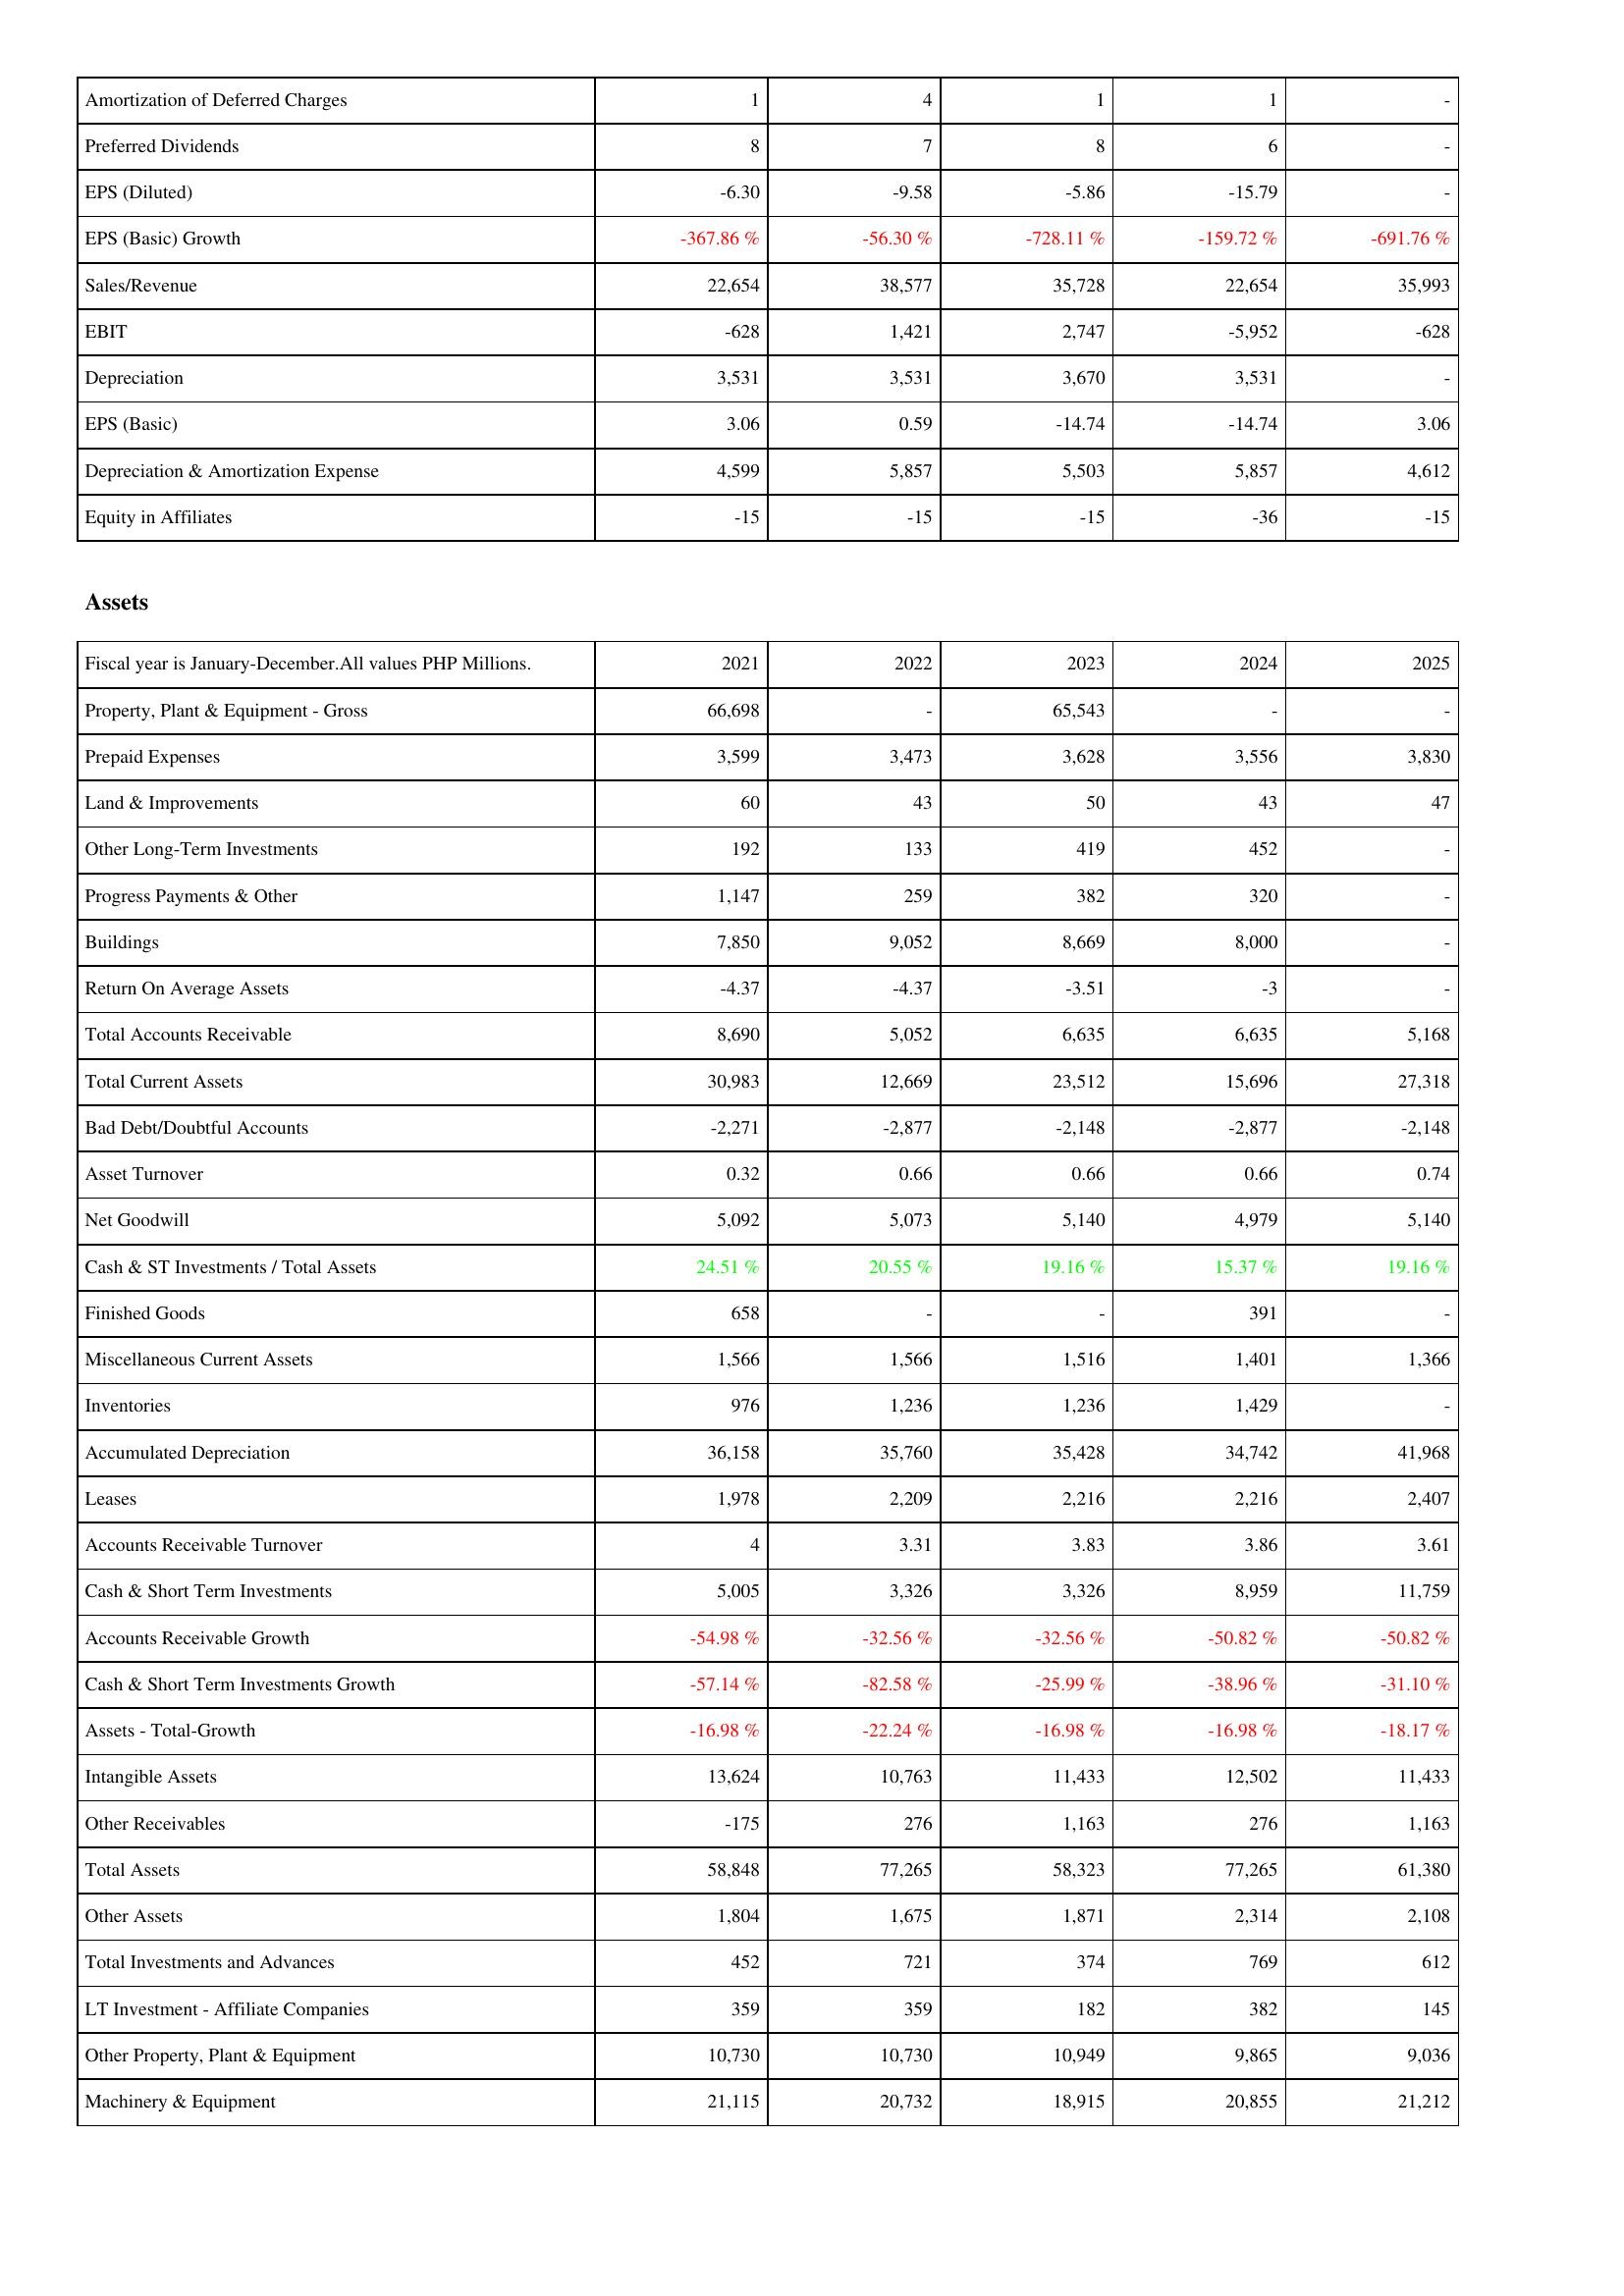
2021: Income Statement: Amortization of Deferred Charges: 1
Preferred Dividends: 8
EPS (Diluted): -6.30
EPS (Basic) Growth: -367.86 %
Sales/Revenue: 22,654
EBIT: -628
Depreciation: 3,531
EPS (Basic): 3.06
Depreciation & Amortization Expense: 4,599
Equity in Affiliates: -15
Assets: Property, Plant & Equipment - Gross: 66,698
Prepaid Expenses: 3,599
Land & Improvements: 60
Other Long-Term Investments: 192
Progress Payments & Other: 1,147
Buildings: 7,850
Return On Average Assets: -4.37
Total Accounts Receivable: 8,690
Total Current Assets: 30,983
Bad Debt/Doubtful Accounts: -2,271
Asset Turnover: 0.32
Net Goodwill: 5,092
Cash & ST Investments / Total Assets: 24.51 %
Finished Goods: 658
Miscellaneous Current Assets: 1,566
Inventories: 976
Accumulated Depreciation: 36,158
Leases: 1,978
Accounts Receivable Turnover: 4
Cash & Short Term Investments: 5,005
Accounts Receivable Growth: -54.98 %
Cash & Short Term Investments Growth: -57.14 %
Assets - Total-Growth: -16.98 %
Intangible Assets: 13,624
Other Receivables: -175
Total Assets: 58,848
Other Assets: 1,804
Total Investments and Advances: 452
LT Investment - Affiliate Companies: 359
Other Property, Plant & Equipment: 10,730
Machinery & Equipment: 21,115
2022: Income Statement: Amortization of Deferred Charges: 4
Preferred Dividends: 7
EPS (Diluted): -9.58
EPS (Basic) Growth: -56.30 %
Sales/Revenue: 38,577
EBIT: 1,421
Depreciation: 3,531
EPS (Basic): 0.59
Depreciation & Amortization Expense: 5,857
Equity in Affiliates: -15
Assets: Property, Plant & Equipment - Gross: -
Prepaid Expenses: 3,473
Land & Improvements: 43
Other Long-Term Investments: 133
Progress Payments & Other: 259
Buildings: 9,052
Return On Average Assets: -4.37
Total Accounts Receivable: 5,052
Total Current Assets: 12,669
Bad Debt/Doubtful Accounts: -2,877
Asset Turnover: 0.66
Net Goodwill: 5,073
Cash & ST Investments / Total Assets: 20.55 %
Finished Goods: -
Miscellaneous Current Assets: 1,566
Inventories: 1,236
Accumulated Depreciation: 35,760
Leases: 2,209
Accounts Receivable Turnover: 3.31
Cash & Short Term Investments: 3,326
Accounts Receivable Growth: -32.56 %
Cash & Short Term Investments Growth: -82.58 %
Assets - Total-Growth: -22.24 %
Intangible Assets: 10,763
Other Receivables: 276
Total Assets: 77,265
Other Assets: 1,675
Total Investments and Advances: 721
LT Investment - Affiliate Companies: 359
Other Property, Plant & Equipment: 10,730
Machinery & Equipment: 20,732
2023: Income Statement: Amortization of Deferred Charges: 1
Preferred Dividends: 8
EPS (Diluted): -5.86
EPS (Basic) Growth: -728.11 %
Sales/Revenue: 35,728
EBIT: 2,747
Depreciation: 3,670
EPS (Basic): -14.74
Depreciation & Amortization Expense: 5,503
Equity in Affiliates: -15
Assets: Property, Plant & Equipment - Gross: 65,543
Prepaid Expenses: 3,628
Land & Improvements: 50
Other Long-Term Investments: 419
Progress Payments & Other: 382
Buildings: 8,669
Return On Average Assets: -3.51
Total Accounts Receivable: 6,635
Total Current Assets: 23,512
Bad Debt/Doubtful Accounts: -2,148
Asset Turnover: 0.66
Net Goodwill: 5,140
Cash & ST Investments / Total Assets: 19.16 %
Finished Goods: -
Miscellaneous Current Assets: 1,516
Inventories: 1,236
Accumulated Depreciation: 35,428
Leases: 2,216
Accounts Receivable Turnover: 3.83
Cash & Short Term Investments: 3,326
Accounts Receivable Growth: -32.56 %
Cash & Short Term Investments Growth: -25.99 %
Assets - Total-Growth: -16.98 %
Intangible Assets: 11,433
Other Receivables: 1,163
Total Assets: 58,323
Other Assets: 1,871
Total Investments and Advances: 374
LT Investment - Affiliate Companies: 182
Other Property, Plant & Equipment: 10,949
Machinery & Equipment: 18,915
2024: Income Statement: Amortization of Deferred Charges: 1
Preferred Dividends: 6
EPS (Diluted): -15.79
EPS (Basic) Growth: -159.72 %
Sales/Revenue: 22,654
EBIT: -5,952
Depreciation: 3,531
EPS (Basic): -14.74
Depreciation & Amortization Expense: 5,857
Equity in Affiliates: -36
Assets: Property, Plant & Equipment - Gross: -
Prepaid Expenses: 3,556
Land & Improvements: 43
Other Long-Term Investments: 452
Progress Payments & Other: 320
Buildings: 8,000
Return On Average Assets: -3
Total Accounts Receivable: 6,635
Total Current Assets: 15,696
Bad Debt/Doubtful Accounts: -2,877
Asset Turnover: 0.66
Net Goodwill: 4,979
Cash & ST Investments / Total Assets: 15.37 %
Finished Goods: 391
Miscellaneous Current Assets: 1,401
Inventories: 1,429
Accumulated Depreciation: 34,742
Leases: 2,216
Accounts Receivable Turnover: 3.86
Cash & Short Term Investments: 8,959
Accounts Receivable Growth: -50.82 %
Cash & Short Term Investments Growth: -38.96 %
Assets - Total-Growth: -16.98 %
Intangible Assets: 12,502
Other Receivables: 276
Total Assets: 77,265
Other Assets: 2,314
Total Investments and Advances: 769
LT Investment - Affiliate Companies: 382
Other Property, Plant & Equipment: 9,865
Machinery & Equipment: 20,855
2025: Income Statement: Amortization of Deferred Charges: -
Preferred Dividends: -
EPS (Diluted): -
EPS (Basic) Growth: -691.76 %
Sales/Revenue: 35,993
EBIT: -628
Depreciation: -
EPS (Basic): 3.06
Depreciation & Amortization Expense: 4,612
Equity in Affiliates: -15
Assets: Property, Plant & Equipment - Gross: -
Prepaid Expenses: 3,830
Land & Improvements: 47
Other Long-Term Investments: -
Progress Payments & Other: -
Buildings: -
Return On Average Assets: -
Total Accounts Receivable: 5,168
Total Current Assets: 27,318
Bad Debt/Doubtful Accounts: -2,148
Asset Turnover: 0.74
Net Goodwill: 5,140
Cash & ST Investments / Total Assets: 19.16 %
Finished Goods: -
Miscellaneous Current Assets: 1,366
Inventories: -
Accumulated Depreciation: 41,968
Leases: 2,407
Accounts Receivable Turnover: 3.61
Cash & Short Term Investments: 11,759
Accounts Receivable Growth: -50.82 %
Cash & Short Term Investments Growth: -31.10 %
Assets - Total-Growth: -18.17 %
Intangible Assets: 11,433
Other Receivables: 1,163
Total Assets: 61,380
Other Assets: 2,108
Total Investments and Advances: 612
LT Investment - Affiliate Companies: 145
Other Property, Plant & Equipment: 9,036
Machinery & Equipment: 21,212